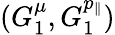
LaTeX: (G_{1}^{\mu},G_{1}^{p_{\| }})